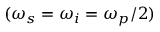
( \omega _ { s } = \omega _ { i } = \omega _ { p } / 2 )